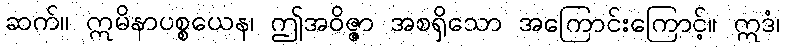
ဆက်။ ဣမိနာပစ္စယေန၊ ဤအဝိဇ္ဇာ အစရှိသော အကြောင်းကြောင့်။ ဣဒံ၊